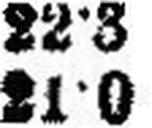
21·0